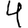
Digit: 4